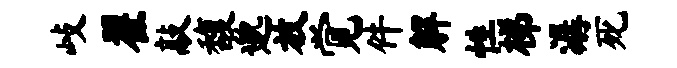
歧翟敲馥邈放觉件解性梯潺死